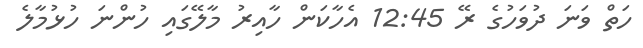
ހަތް ވަނަ ދުވަހުގެ ރޭ 12:45 އެހާކަން ހާއިރު މާލޭގައި ހުންނަ ހުޅުމާލެ